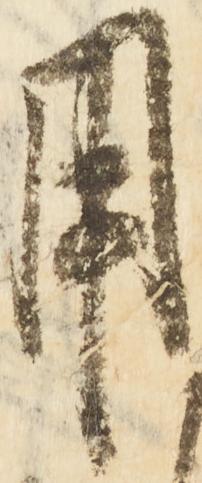
用